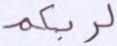
لربكم